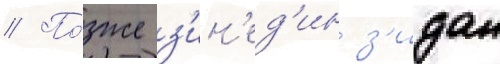
// По́зже з'ин'ед'ин з'идан